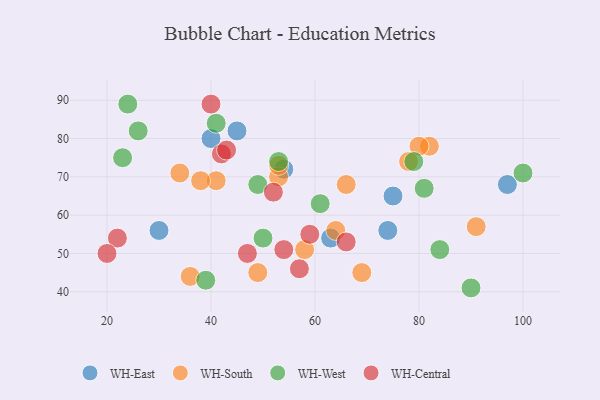
{"axis": {"x": "GDP", "y": "Life Expectancy"}, "legend": ["WH-Central", "WH-East", "WH-South", "WH-West"], "data": [{"x": "97", "y": 68, "type": "WH-East"}, {"x": "30", "y": 56, "type": "WH-East"}, {"x": "75", "y": 65, "type": "WH-East"}, {"x": "45", "y": 82, "type": "WH-East"}, {"x": "74", "y": 56, "type": "WH-East"}, {"x": "63", "y": 54, "type": "WH-East"}, {"x": "40", "y": 80, "type": "WH-East"}, {"x": "54", "y": 72, "type": "WH-East"}, {"x": "53", "y": 70, "type": "WH-South"}, {"x": "82", "y": 78, "type": "WH-South"}, {"x": "53", "y": 73, "type": "WH-South"}, {"x": "91", "y": 57, "type": "WH-South"}, {"x": "36", "y": 44, "type": "WH-South"}, {"x": "49", "y": 45, "type": "WH-South"}, {"x": "34", "y": 71, "type": "WH-South"}, {"x": "41", "y": 69, "type": "WH-South"}, {"x": "80", "y": 78, "type": "WH-South"}, {"x": "58", "y": 51, "type": "WH-South"}, {"x": "38", "y": 69, "type": "WH-South"}, {"x": "69", "y": 45, "type": "WH-South"}, {"x": "64", "y": 56, "type": "WH-South"}, {"x": "66", "y": 68, "type": "WH-South"}, {"x": "78", "y": 74, "type": "WH-South"}, {"x": "50", "y": 54, "type": "WH-West"}, {"x": "53", "y": 74, "type": "WH-West"}, {"x": "81", "y": 67, "type": "WH-West"}, {"x": "90", "y": 41, "type": "WH-West"}, {"x": "24", "y": 89, "type": "WH-West"}, {"x": "39", "y": 43, "type": "WH-West"}, {"x": "100", "y": 71, "type": "WH-West"}, {"x": "49", "y": 68, "type": "WH-West"}, {"x": "61", "y": 63, "type": "WH-West"}, {"x": "26", "y": 82, "type": "WH-West"}, {"x": "84", "y": 51, "type": "WH-West"}, {"x": "41", "y": 84, "type": "WH-West"}, {"x": "23", "y": 75, "type": "WH-West"}, {"x": "79", "y": 74, "type": "WH-West"}, {"x": "40", "y": 89, "type": "WH-Central"}, {"x": "22", "y": 54, "type": "WH-Central"}, {"x": "52", "y": 66, "type": "WH-Central"}, {"x": "47", "y": 50, "type": "WH-Central"}, {"x": "66", "y": 53, "type": "WH-Central"}, {"x": "42", "y": 76, "type": "WH-Central"}, {"x": "57", "y": 46, "type": "WH-Central"}, {"x": "54", "y": 51, "type": "WH-Central"}, {"x": "59", "y": 55, "type": "WH-Central"}, {"x": "43", "y": 77, "type": "WH-Central"}, {"x": "20", "y": 50, "type": "WH-Central"}]}